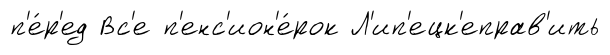
п'е́р'ед Вс'е п'енс'ион'е́рок Л'ип'ецк'еправ'ить